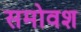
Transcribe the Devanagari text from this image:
समोवश